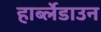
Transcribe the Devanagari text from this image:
हार्ब्लेडाउन